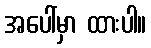
အပေါ်မှာ ထားပါ။